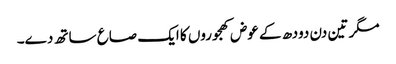
مگر تین دن دودھ کے عوض کھجوروں کا ایک صاع ساتھ دے۔